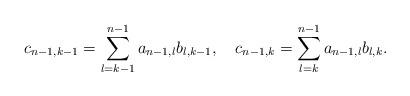
LaTeX: \begin{align*}c_{n-1,k-1} = \sum_{l=k-1}^{n-1} a_{n-1,l} b_{l,k-1}, ~~~c_{n-1,k} = \sum_{l=k}^{n-1} a_{n-1,l} b_{l,k}. \end{align*}